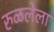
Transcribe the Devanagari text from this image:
रुळलेला